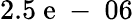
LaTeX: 2.5\mathrm{~e~-~}06